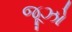
જૂઝો